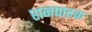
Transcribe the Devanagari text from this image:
शनपाइक